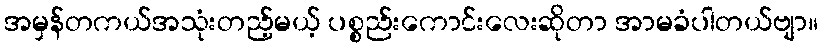
အမှန်တကယ်အသုံးတည့်မယ့် ပစ္စည်းကောင်းလေးဆိုတာ အာမခံပါတယ်ဗျာ။